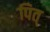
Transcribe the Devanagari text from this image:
पित्‌